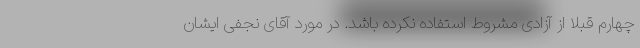
چهارم قبلاً از آزادی مشروط استفاده نکرده باشد. در مورد آقای نجفی ایشان